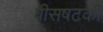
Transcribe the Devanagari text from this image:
वीसषटकी